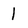
Character: 1